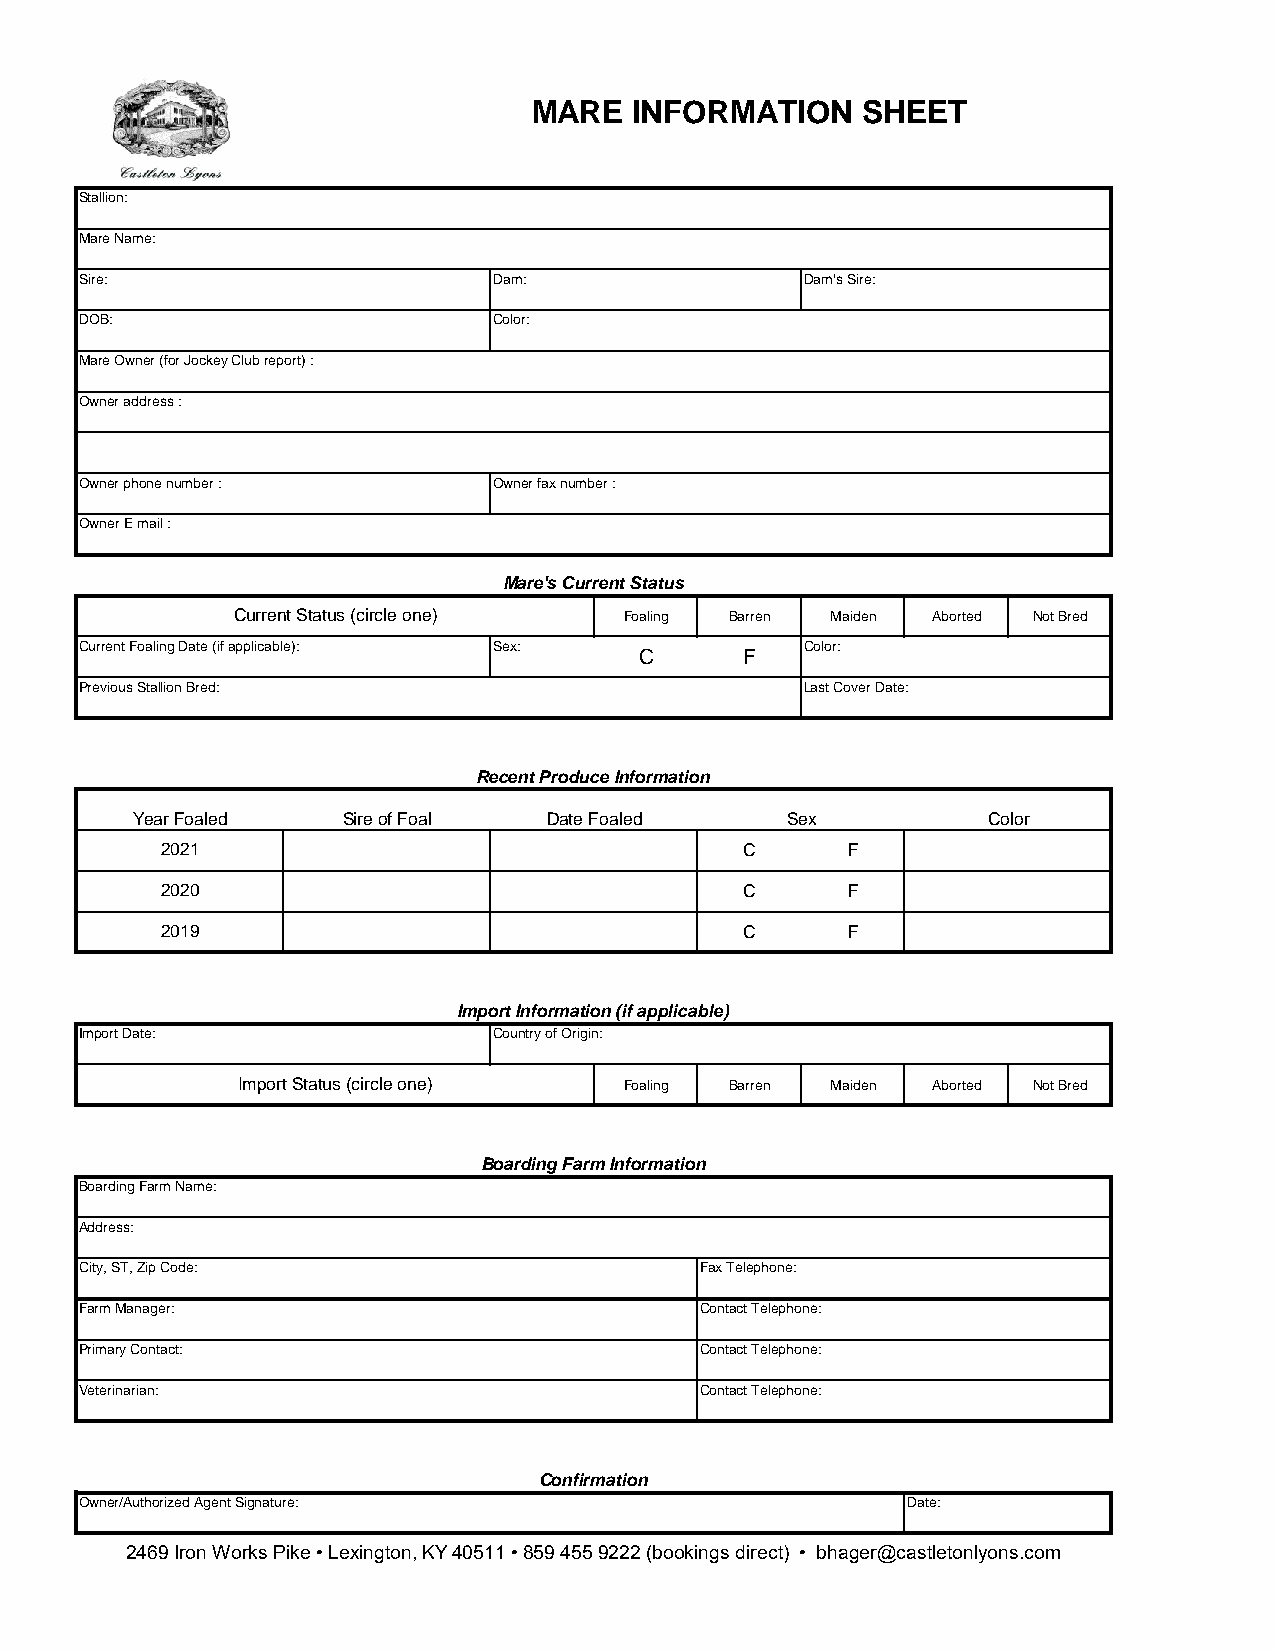
MARE   INFORMATION    SHEET
 Stallion:
 Mare Name:
 Sire:                       Dam:                Dam's Sire:
 DOB:                        Color:
 Mare Owner (for Jockey Club report) :
 Owner address :
 Owner phone number :        Owner fax number :
 Owner E mail :
 Mare's Current Status
 Current Status (circle one) Foaling Barren Maiden Aborted Not Bred
 Current Foaling Date (if applicable): Sex:      Color:
 C      F
 Previous Stallion Bred:                         Last Cover Date:
 Recent Produce Information
 Year Foaled   Sire of Foal Date Foaled     Sex          Color
 2021                                  C      F
 2020                                  C      F
 2019                                  C      F
 Import Information (if applicable)
 Import Date:                Country of Origin:
 Import Status (circle one) Foaling Barren Maiden Aborted Not Bred
 Boarding Farm Information
 Boarding Farm Name:
 Address:
 City, ST, Zip Code:                      Fax Telephone:
 Farm Manager:                            Contact Telephone:
 Primary Contact:                         Contact Telephone:
 Veterinarian:                            Contact Telephone:
 Confirmation
 Owner/Authorized Agent Signature:                      Date:
 2469 Iron Works Pike • Lexington, KY 40511 • 859 455 9222 (bookings direct) • bhager@castletonlyons.com